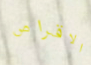
الاقراص